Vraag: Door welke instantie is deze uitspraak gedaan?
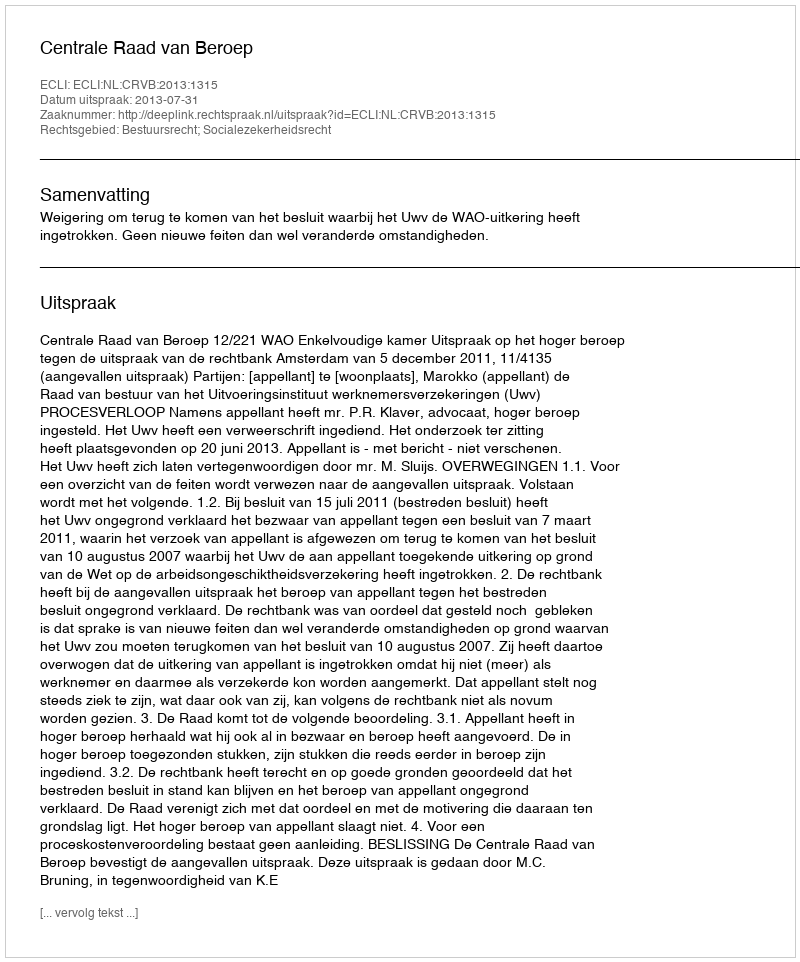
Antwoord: Centrale Raad van Beroep